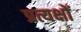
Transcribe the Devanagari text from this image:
प्रत्यक्षों